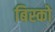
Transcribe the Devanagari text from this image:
बिस्को